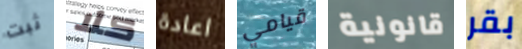
ثبت كلا اعادة قيامي قانونية بقر